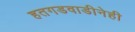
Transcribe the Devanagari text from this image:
हतगडवाडीनेही